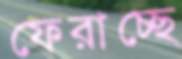
ফেরাচ্ছে